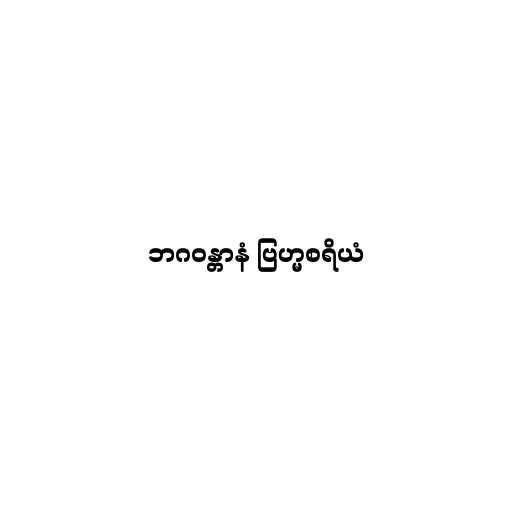
ဘဂဝန္တာနံ ဗြဟ္မစရိယံ